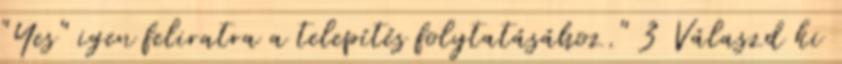
"Yes" igen feliratra a telepítés folytatásához." 3 Válaszd ki